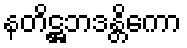
နတိဋ္ဌဘဒန္တိကော